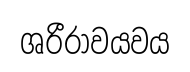
ශරීරාවයවය